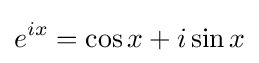
e^{ix}=\cos x+i\sin x